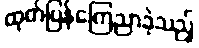
ထုတ်ပြန်ကြေညာခဲ့သည့်